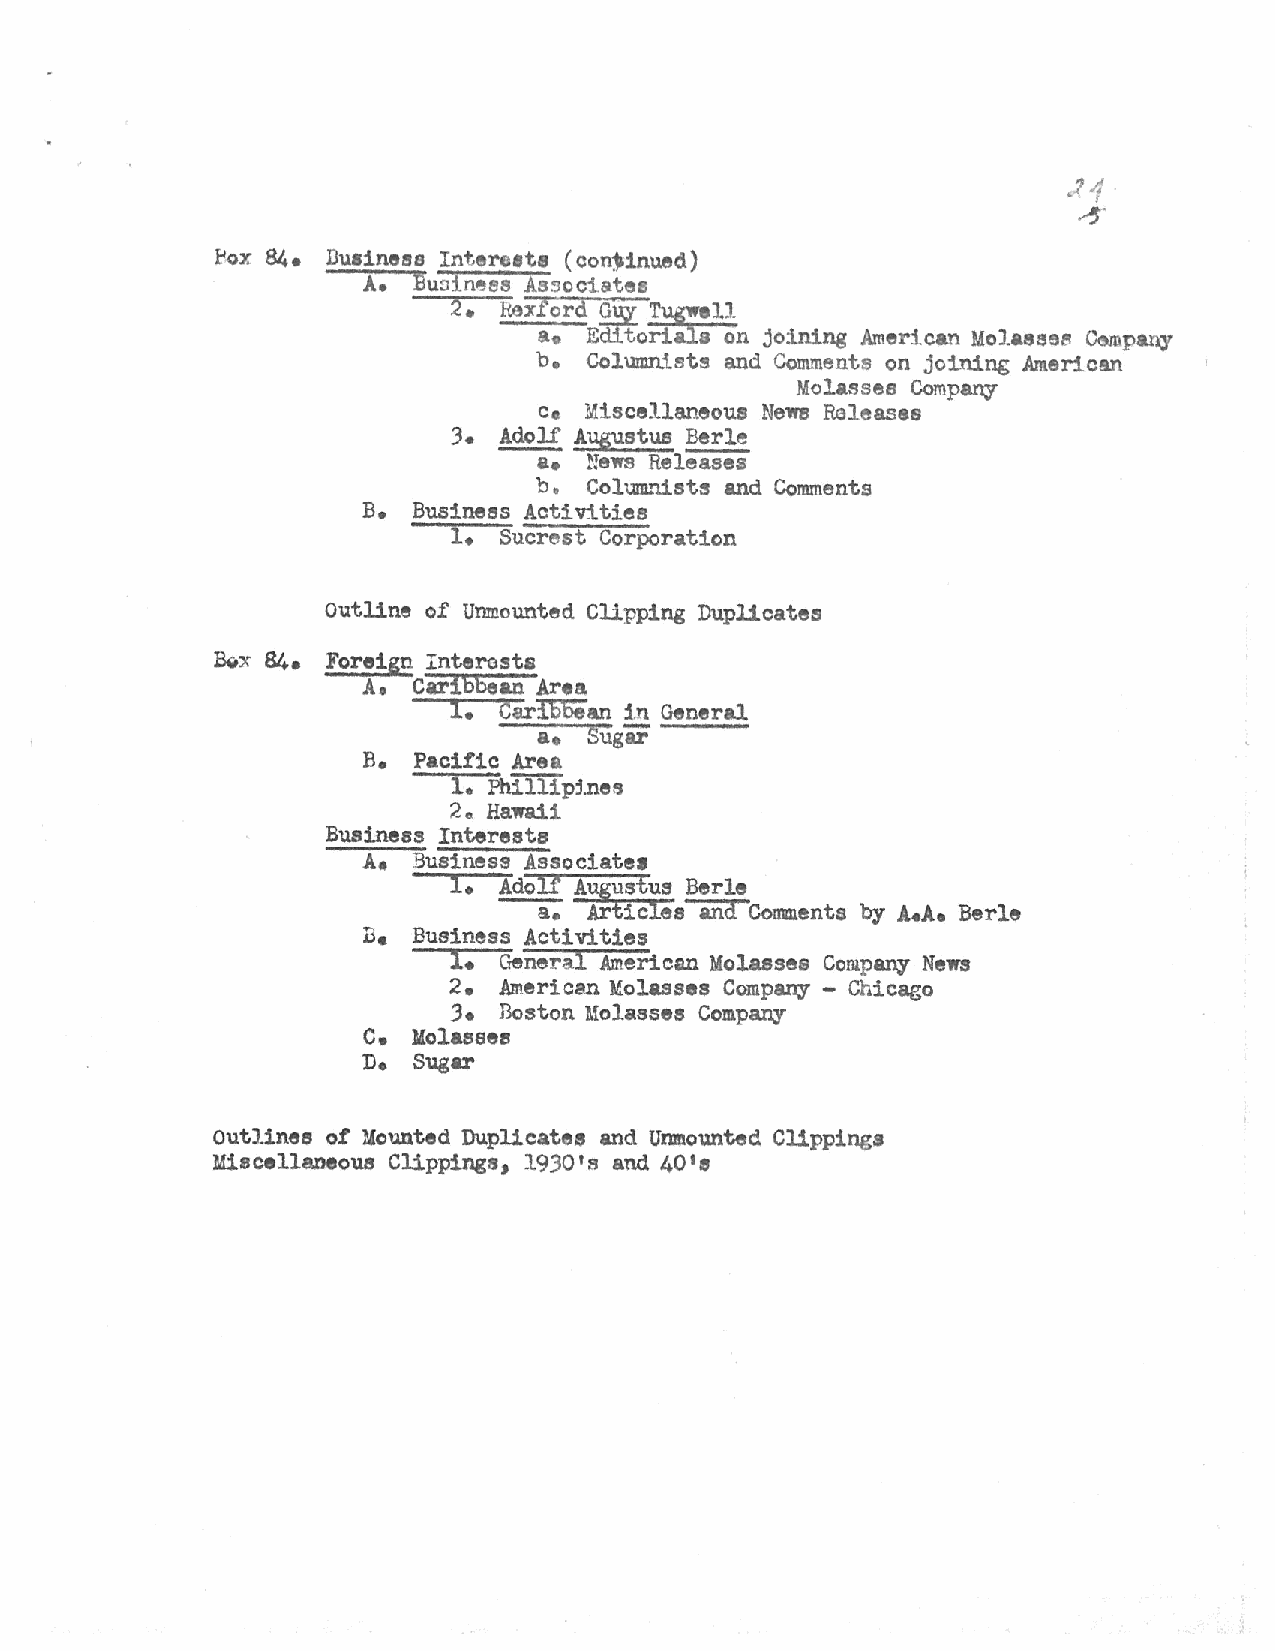
~ox 84. Duainees Intereete (conjinued)
 A. Bunin~ee As~ociates
 2. Itexford ~ ~ell
 a. Editoris on joining American Molasese ~pany
 b.  Columnists and Comments on joining Americm
 Molasses Company
 c. Miscellaneous Nell'fJ Releases
 3. !doli Augustus Berle
 a. !!ews Releases
 b . Colum."lists and Comments
 B. Business Activities
 1. Sucrest Corporation
 Outline of Unmounted Clipping Duplicates
 :&x 84. Foreign Interests
 A • Caribbean Area
 1. Carl0'6ian in General
 a. Sugar
 B. Pacif'ic Area
 1. Phillipj.nes
 2. Hawaii
 Business Interests
 A. Business Associate•
 1. Adolf Augustus Berle
 a. Articles and Comments by A.A. Berle
 B. Business Activities
 1. General American Molasses Company News
 2. .American Molasses Company - Chicago
 3• Boston Molasses Company
 C• 14olaeses
 De Sugar
 outlines of' Mounted Duplicates and Unmounted Clippings
 Miscellaneous Clippings, 1930's and 401e